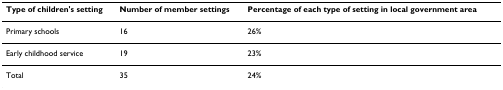
| Type of children's setting | Number of member settings | Percentage of each type of setting in local government area |
 | --- | --- | --- |
 | Primary schools | 16 | 26% |
 | Early childhood service | 19 | 23% |
 | Total | 35 | 24% |